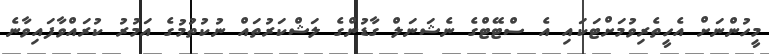
މީހުންނަށް އެހީތެރިވުމަށްޓަކައި އެ ސްޓޭޓްގެ ނެޝަނަލް ގާޑުންގެ ލަޝްކަރުތައް ނުކުތުމުގެ އަމުރު ކުރައްވާފައިވާނެ